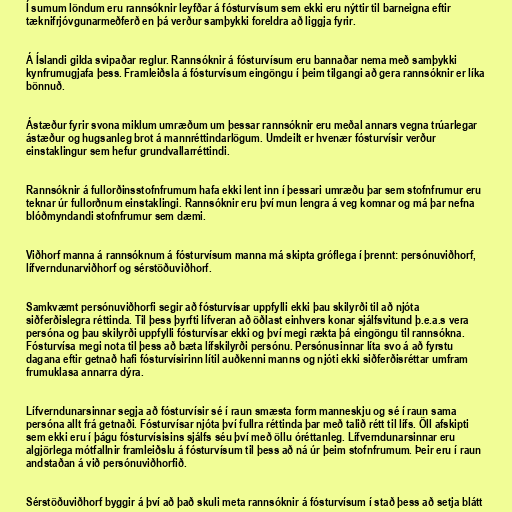
Í sumum löndum eru rannsóknir leyfðar á fósturvísum sem ekki eru nýttir til barneigna eftir
tæknifrjóvgunarmeðferð en þá verður samþykki foreldra að liggja fyrir.

Á Íslandi gilda svipaðar reglur. Rannsóknir á fósturvísum eru bannaðar nema með samþykki
kynfrumugjafa þess. Framleiðsla á fósturvísum eingöngu í þeim tilgangi að gera rannsóknir er líka
bönnuð.

Ástæður fyrir svona miklum umræðum um þessar rannsóknir eru meðal annars vegna trúarlegar
ástæður og hugsanleg brot á mannréttindarlögum. Umdeilt er hvenær fósturvísir verður
einstaklingur sem hefur grundvallarréttindi.

Rannsóknir á fullorðinsstofnfrumum hafa ekki lent inn í þessari umræðu þar sem stofnfrumur eru
teknar úr fullorðnum einstaklingi. Rannsóknir eru því mun lengra á veg komnar og má þar nefna
blóðmyndandi stofnfrumur sem dæmi.

Viðhorf manna á rannsóknum á fósturvísum manna má skipta gróflega í þrennt: persónuviðhorf,
lífverndunarviðhorf og sérstöðuviðhorf.

Samkvæmt persónuviðhorfi segir að fósturvísar uppfylli ekki þau skilyrði til að njóta
siðferðislegra réttinda. Til þess þyrfti lífveran að öðlast einhvers konar sjálfsvitund þ.e.a.s vera
persóna og þau skilyrði uppfylli fósturvísar ekki og því megi rækta þá eingöngu til rannsókna.
Fósturvísa megi nota til þess að bæta lífskilyrði persónu. Persónusinnar líta svo á að fyrstu
dagana eftir getnað hafi fósturvísirinn lítil auðkenni manns og njóti ekki siðferðisréttar umfram
frumuklasa annarra dýra.

Lífverndunarsinnar segja að fósturvísir sé í raun smæsta form manneskju og sé í raun sama
persóna allt frá getnaði. Fósturvísar njóta því fullra réttinda þar með talið rétt til lífs. Öll afskipti
sem ekki eru í þágu fósturvísisins sjálfs séu því með öllu óréttanleg. Lífverndunarsinnar eru
algjörlega mótfallnir framleiðslu á fósturvísum til þess að ná úr þeim stofnfrumum. Þeir eru í raun
andstaðan á við persónuviðhorfið.

Sérstöðuviðhorf byggir á því að það skuli meta rannsóknir á fósturvísum í stað þess að setja blátt